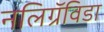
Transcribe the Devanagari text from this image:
नलिग्रॅविडा